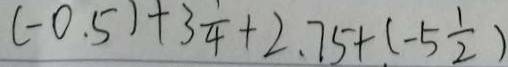
( - 0 . 5 ) + 3 \frac { 1 } { 4 } + 2 . 7 5 + ( - 5 \frac { 1 } { 2 } )